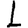
Digit: 1